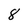
Character: 8